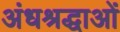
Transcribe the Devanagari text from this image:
अंधश्रद्धाओं